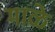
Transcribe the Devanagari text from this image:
माळे